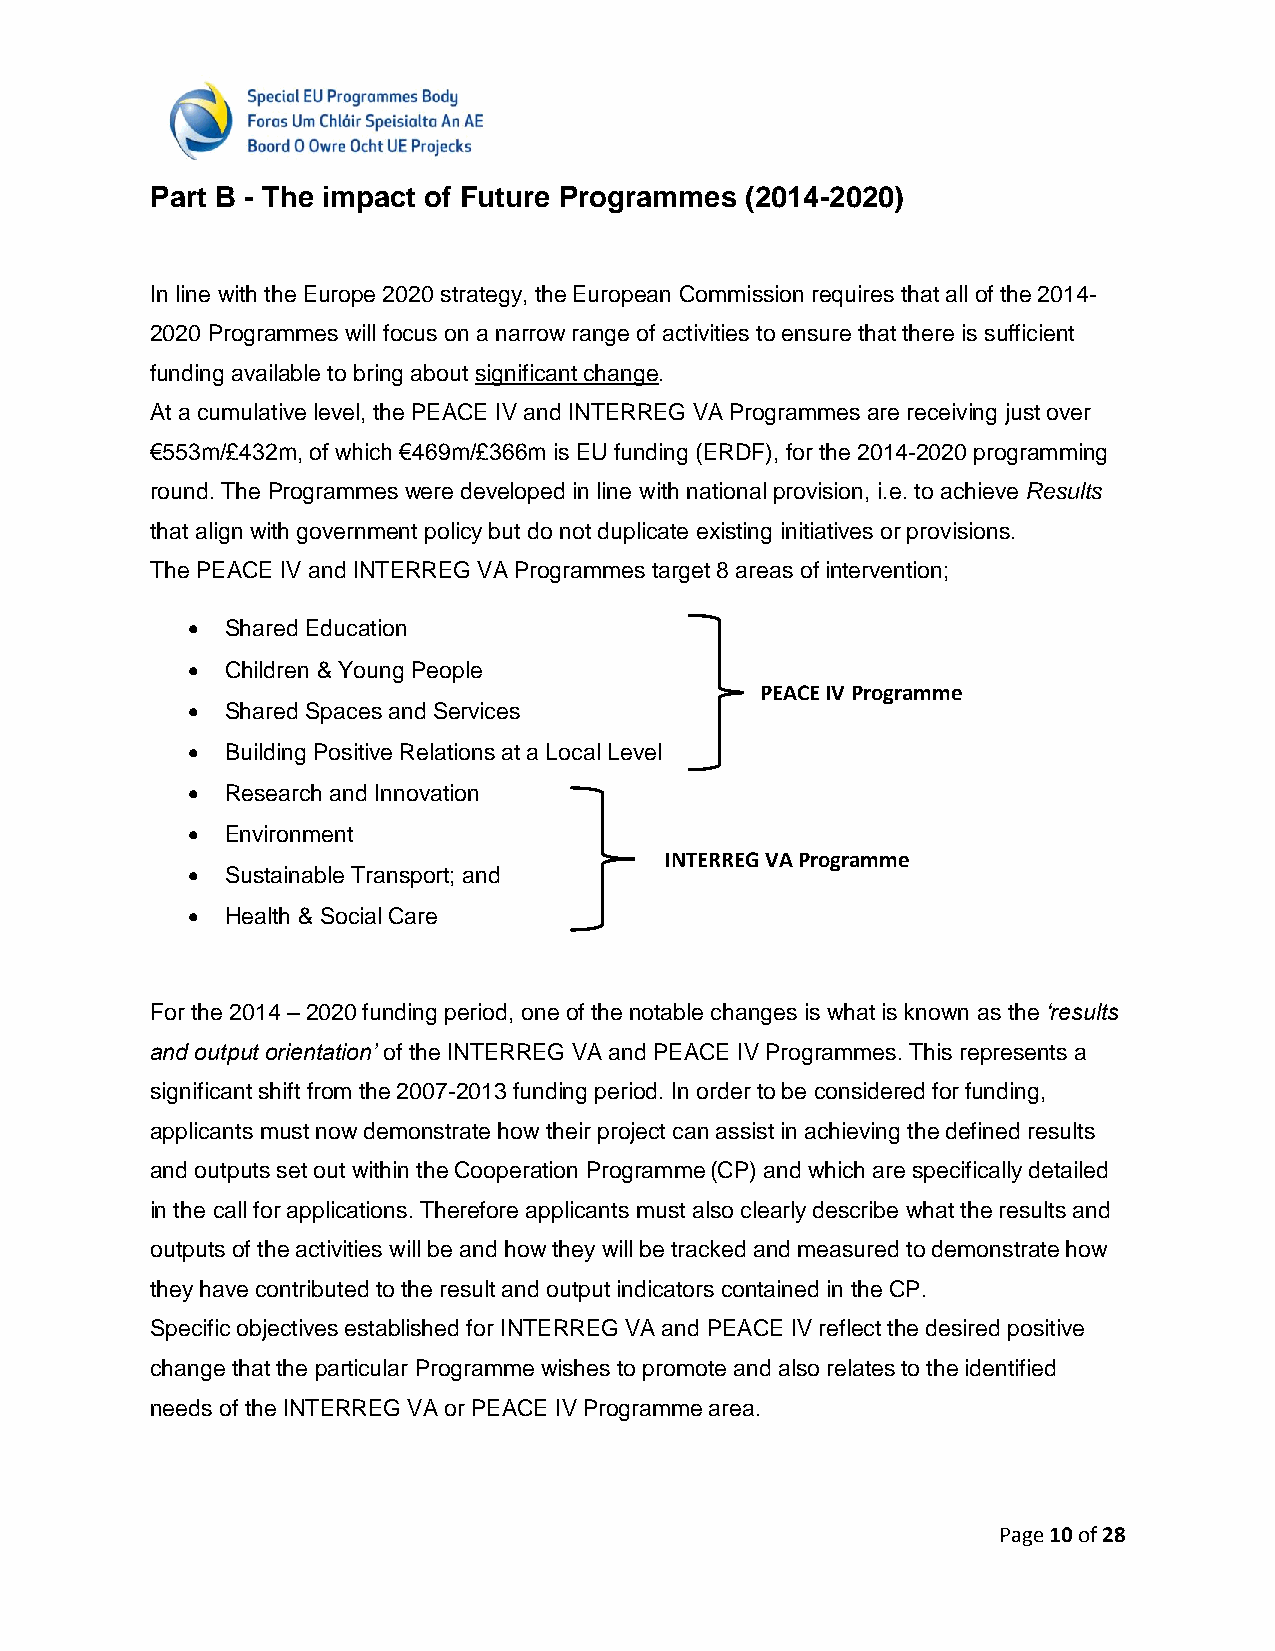
Part B - The impact of Future Programmes (2014-2020)
 In line with the Europe 2020 strategy, the European Commission requires that all of the 2014-
 2020 Programmes will focus on a narrow range of activities to ensure that there is sufficient
 funding available to bring about significant change.
 At a cumulative level, the PEACE IV and INTERREG VA Programmes are receiving just over
 €553m/£432m, of which €469m/£366m is EU funding (ERDF), for the 2014-2020 programming
 round. The Programmes were developed in line with national provision, i.e. to achieve Results
 that align with government policy but do not duplicate existing initiatives or provisions.
 The PEACE IV and INTERREG VA Programmes target 8 areas of intervention;
   Shared Education
   Children & Young People
 PEACE IV Programme
   Shared Spaces and Services
   Building Positive Relations at a Local Level
   Research and Innovation
   Environment
 INTERREG VA Programme
   Sustainable Transport; and
   Health & Social Care
 For the 2014 – 2020 funding period, one of the notable changes is what is known as the ‘results
 and output orientation’ of the INTERREG VA and PEACE IV Programmes. This represents a
 significant shift from the 2007-2013 funding period. In order to be considered for funding,
 applicants must now demonstrate how their project can assist in achieving the defined results
 and outputs set out within the Cooperation Programme(CP) and which are specifically detailed
 in the call for applications. Therefore applicants must also clearly describe what the results and
 outputs of the activities will be and how they will be tracked and measured to demonstrate how
 they have contributed to the result and output indicators contained in the CP.
 Specific objectives established for INTERREG VA and PEACE IV reflect the desired positive
 change that the particular Programme wishes to promote and also relates to the identified
 needs of the INTERREG VA or PEACE IV Programme area.
 Page 10 of 28